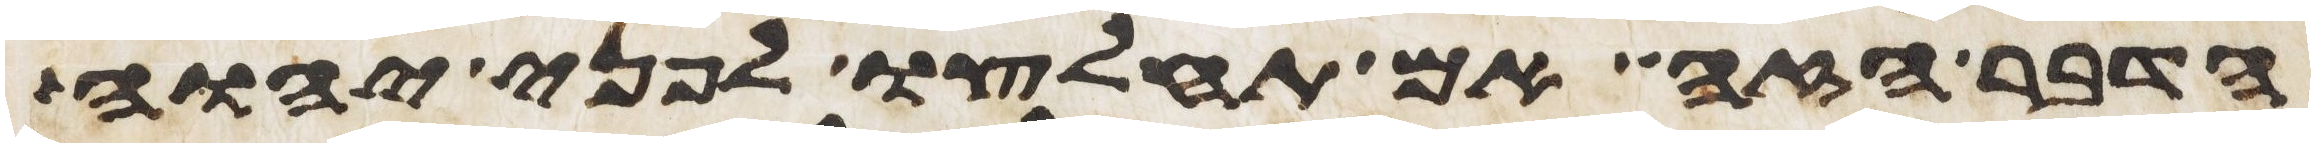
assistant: הדבר הזה ואם תחלצו לפני יהוה